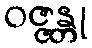
ဝဇ္ဇန္တု